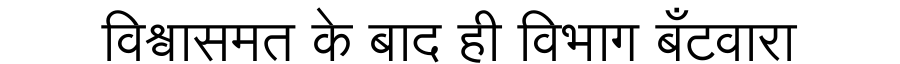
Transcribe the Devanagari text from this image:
विश्वासमत के बाद ही विभाग बँटवारा